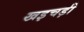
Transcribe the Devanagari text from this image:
खइचड़ी